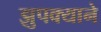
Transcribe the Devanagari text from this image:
झुपक्याने